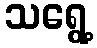
သရွေ့